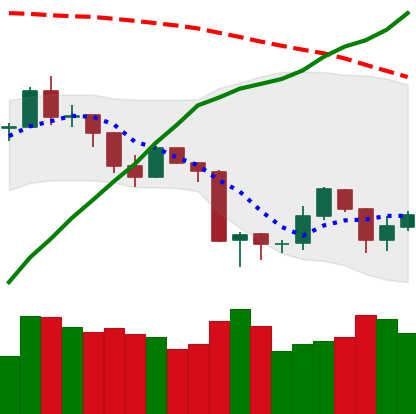
Ticker: ETH-USD
Chart end date: 2019-08-23
Forward return: -10.691%
Label: down_7plus